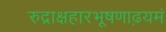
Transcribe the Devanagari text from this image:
रुद्राक्षहारभूषणाढ़यमं